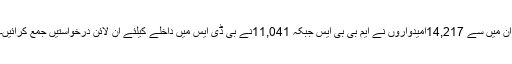
ان میں سے 14,217امیدواروں نے ایم بی بی ایس جبکہ 11,041نے بی ڈی ایس میں داخلے کیلئے آن لائن درخواستیں جمع کرائیں۔